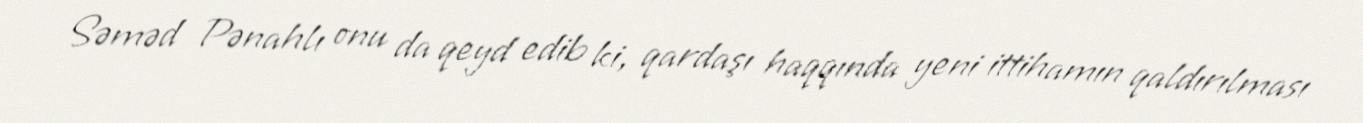
Səməd Pənahlı onu da qeyd edib ki, qardaşı haqqında yeni ittihamın qaldırılması